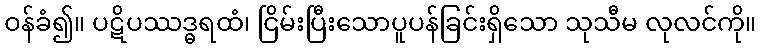
ဝန်ခံ၍။ ပဋိပဿဒ္ဓရထံ၊ ငြိမ်းပြီးသောပူပန်ခြင်းရှိသော သုသီမ လုလင်ကို။